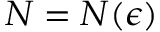
N = N ( \epsilon )